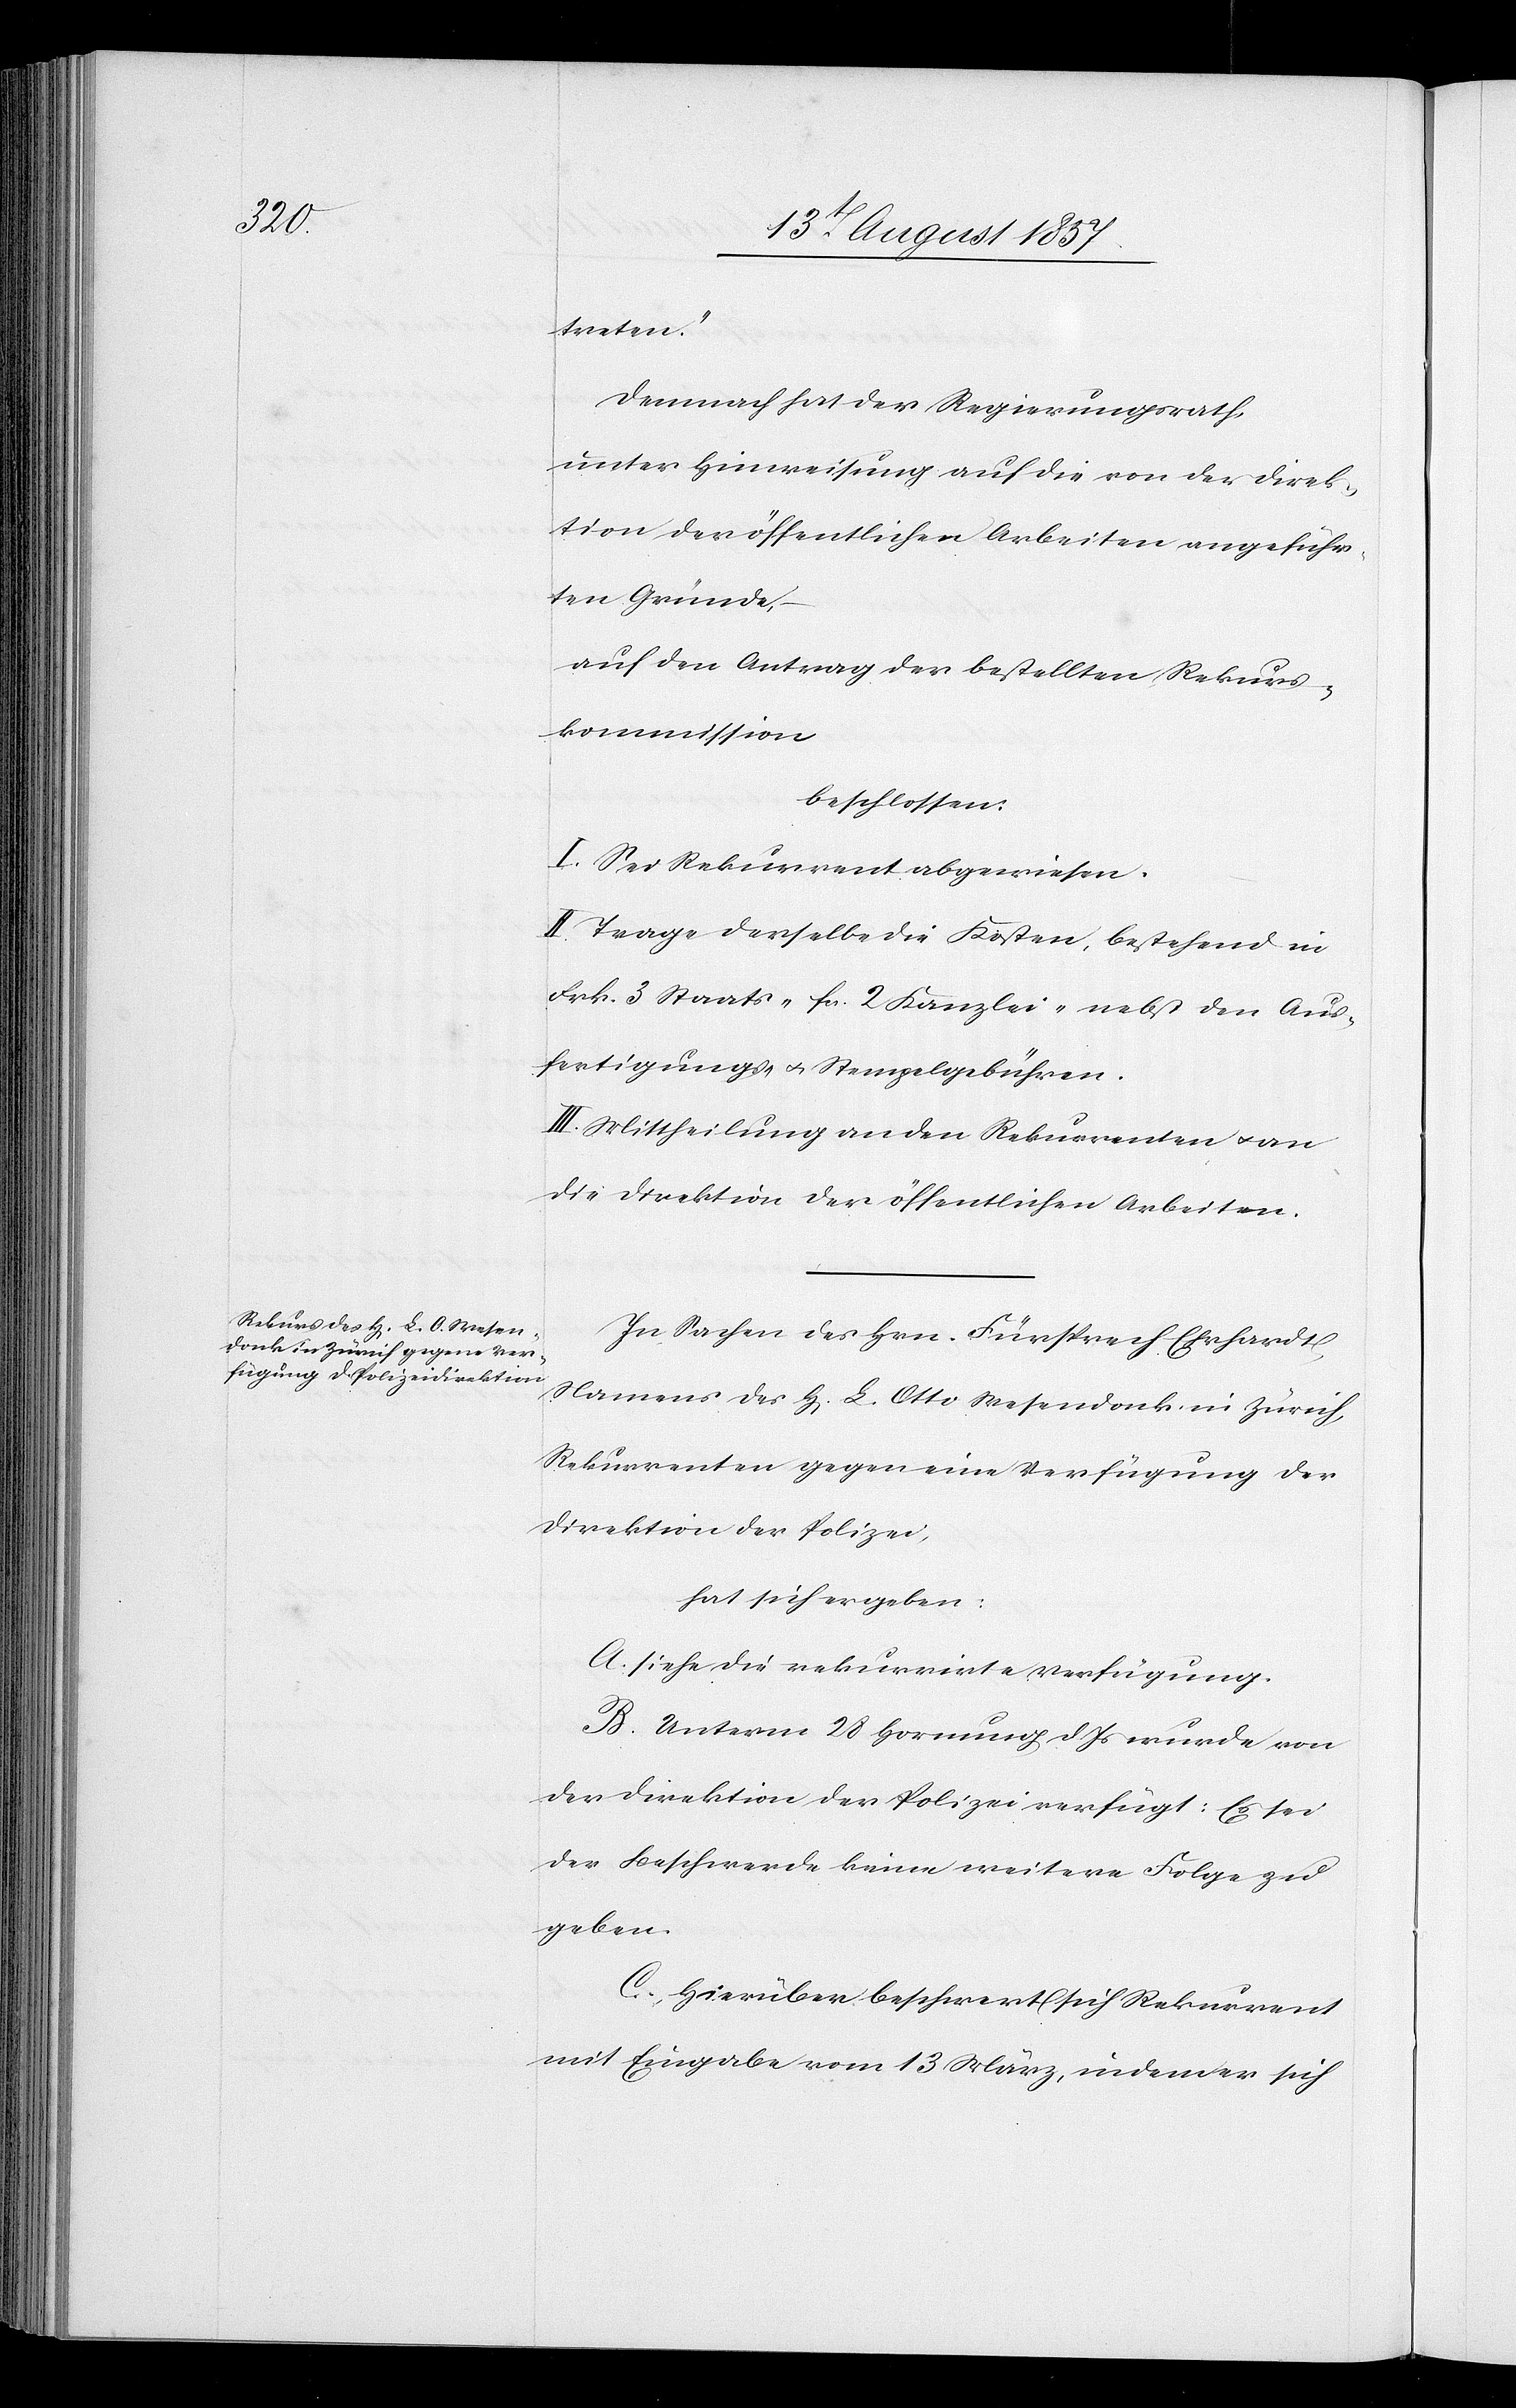
treten.“
Demnach hat der Regierungsrath,
unter Hinweisung auf die von der Direk¬
tion der öffentlichen Arbeiten angeführ¬
ten Gründe,
auf den Antrag der bestellten Rekurs¬
kommission,
beschlossen:
I. Sei Rekurrent abzuweisen.
II. Trage derselbe die Kosten, bestehend in
Frk. 3 Staats- fr. 2 Kanzlei- nebst den Aus¬
fertigungs- & Stempelgebühren-
III. Mittheilung an den Rekurrenten & an
die Direktion der öffentlichen Arbeiten.
In Sachen des Hrn. Fürsprech Ehrhardt,
Namens des H[errn] L. Otto Wesendonk in Zürich,
Rekurrenten gegen eine Verfügung der
Direktion der Polizei,
hat sich ergeben:
A. siehe die rekurrirte Verfügung.
B. Unterm 28 Hornung d. Js. wurde von
der Direktion der Polizei verfügt: Es sei
der Beschwerde keine weitere Folge zu
geben.
C. Hierüber beschwert sich Rekurrent
mit Eingabe vom 13 März, indem er sich